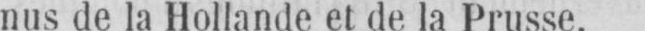
nus de la Hollande et de la Prusse.